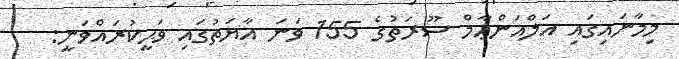
މިމާނައިގައި އަލްއަންޢާމް ސޫރަތުގެ 155 ވަނަ އާޔަތުގައި ވަޙީކުރައްވަނީ: